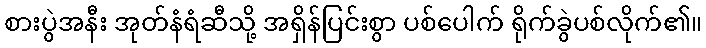
စားပွဲအနီး အုတ်နံရံဆီသို့ အရှိန်ပြင်းစွာ ပစ်ပေါက် ရိုက်ခွဲပစ်လိုက်၏။